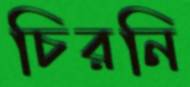
চিরনি